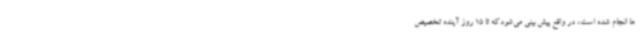
ها انجام شده است، در واقع پیش بینی می‌شودکه تا 15 روز آینده تخصیص